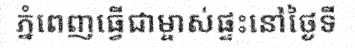
ភ្នំពេញធ្វើជាម្ចាស់ផ្ទះនៅថ្ងៃទី